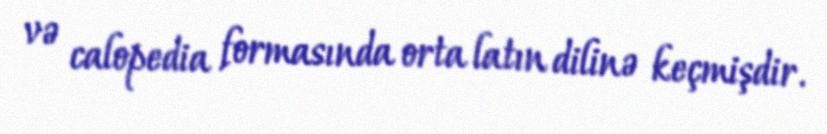
və calopedia formasında orta latın dilinə keçmişdir.